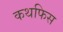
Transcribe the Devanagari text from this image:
कथफिस